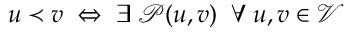
u \prec v \; \Leftrightarrow \; \exists \; \mathcal { P } ( u , v ) \; \; \forall \; u , v \in \mathcal { V }